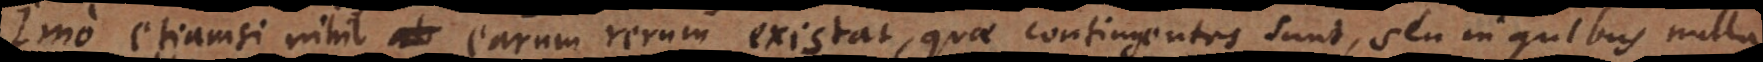
Imo etiamsi nihil earum rerum existat, quae contingentes sunt, seu in quibus nulla